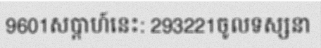
9601សប្តាហ៍នេះ: 293221ចូលទស្សនា